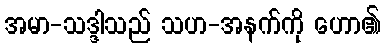
အမာ-သဒ္ဒါသည် သဟ-အနက်ကို ဟော၏